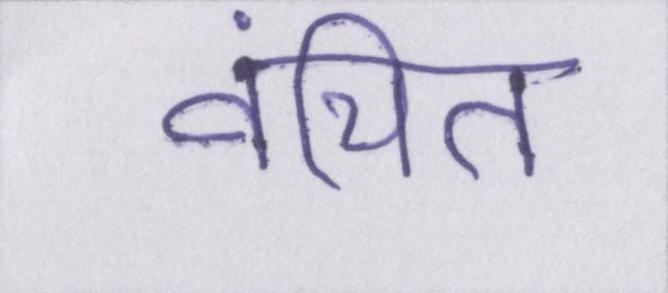
वंचित